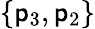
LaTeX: \{ \mathsf{p}_{3},\mathsf{p}_{2}\}